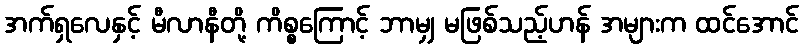
အက်ရှလေနှင့် မီလာနီတို့ ကိစ္စကြောင့် ဘာမျှ မဖြစ်သည့်ဟန် အများက ထင်အောင်